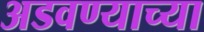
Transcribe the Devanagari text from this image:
अडवण्याच्या